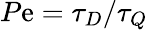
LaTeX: P\mathrm{e}=\tau_{D}/\tau_{Q}